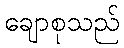
ချောစုသည်